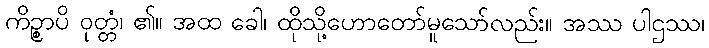
ကိဉ္စာပိ ဝုတ္တံ၊ ၏။ အထ ခေါ၊ ထိုသို့ဟောတော်မူသော်လည်း။ အဿ ပါဌဿ၊